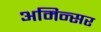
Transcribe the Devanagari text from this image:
अमिन्सर